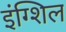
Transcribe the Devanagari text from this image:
इंग्शिल